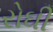
રોઘી